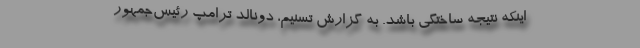
اینکه نتیجه ساختگی باشد. به گزارش تسنیم، دونالد ترامپ رئیس‌جمهور